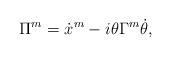
LaTeX: \begin{align*}\Pi^m=\dot x^m-i\theta\Gamma^m\dot\theta,\end{align*}